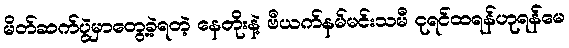
မိတ်ဆက်ပွဲမှာတွေ့ခဲ့ရတဲ့ နေတိုးနဲ့ ဗီယက်နမ်မင်းသမီ ငုရင်ထရန်ဟုရန်မေ